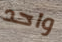
واحد